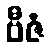
ဗီဇံ